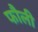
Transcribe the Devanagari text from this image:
फौली